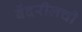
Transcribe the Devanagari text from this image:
बेंदरीलची